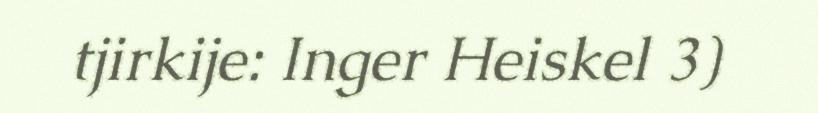
tjirkije: Inger Heiskel 3)